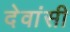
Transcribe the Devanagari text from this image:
देवांसी